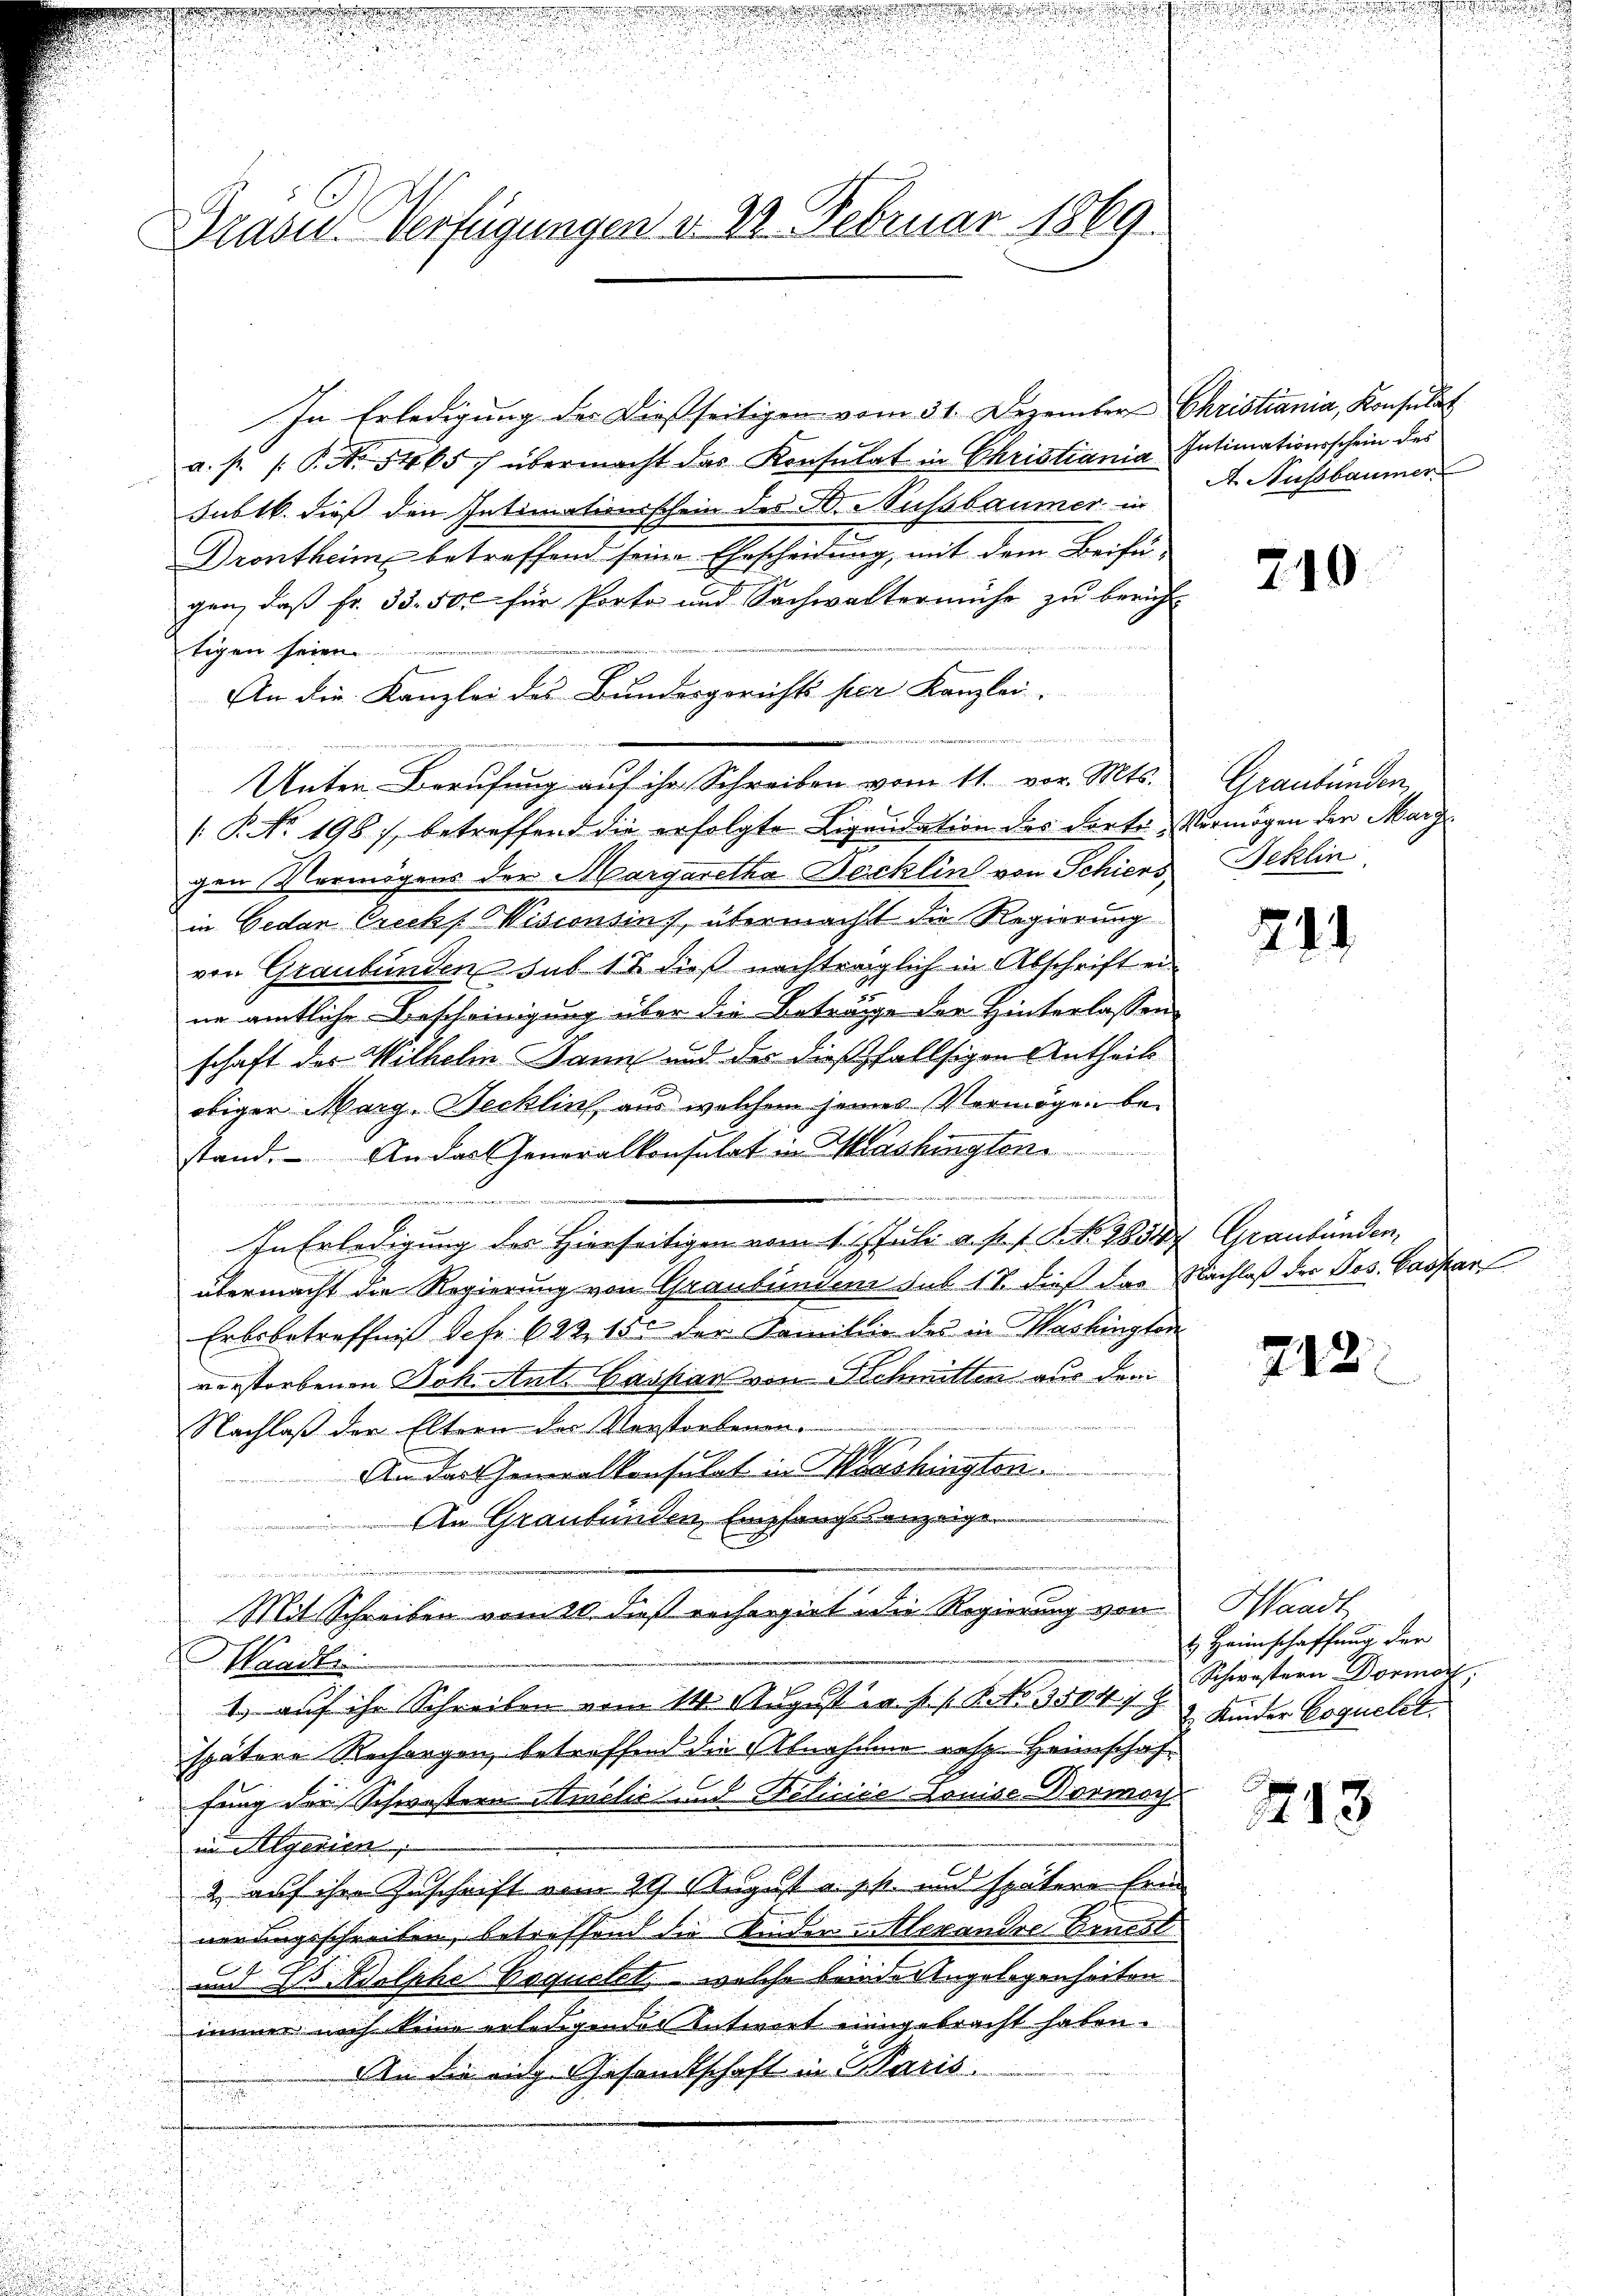
Grase Verfügungen v. 2. Februar 1869.

n

In Erledigung der dießseitigen vom 31. Dezember Christiania, Konsulat
a. p. P. Nr. 5465/ übermacht das Konsulat in Christiania Intimationsschein des
Fubtk dieß den Intimationsschein des H. Sussbaumer in
Drontheim betreffend seine Ehescheidung, mit dem Beifügen, daß fr. 33. 500 für Porta und Sachwaltermühe zu berich-
tigen seien
An die Kanzlei des Bundesgerichts her Kanzlei.
n den in
Unter Berufung auf ihr Schreiben vom 11. vor. Mts. Graubünden,
( P. Nr. 1981, betreffend die erfolgte Liquidation des dorte Vermögen der Marg
gen Vermögens der Margaretha Jecklin von Schiers Beklin
in Gedan Crecks Visconsins, übermacht die Regierung
von Graubünden sub 18 dieß nachträglich in Abschrift ein
ne amtliche Bescheinigung über die Beträge der Hinterlassen
schaft des Wilhelm Dann und des dießfallsigen Antheils
obiger Marg-Tecklin, aus welchem seines Vermögen bestand. An das Generalkonsulat in Washingtone
In Erledigung des Hierseitigen vom 1. 1. Juli a. p. 1. No. 1850 Graubünden,
übermacht die Regierung von Graubünden sub 18. dieß das Nachlaß der Jos. Caspar
Erbebetreffnis Detr. 622. 155 der Familie des in Haslingten
verstorbenen Joh. Ant. Caspar von Schmitten aus dem
Nachlaß der Eltern der Verstorbenen
An das Generalkonsulat in Haushington
An Graubünden Empfangsanzeigen
Mit Schreiben vom 20. dieß rechargiet die Regierung von Handt
Waadt
1.) auf ihr Schreiben vom 14. August u. s. f. 8. No. 35047 § 2 Kinder Erguelet.
spätere Rechargen, betreffend die Abnahme resp. Heimschaffung der Schwestern Amelić und Felinie Louise Vorwoch.
in Algerien
2 auf ihre Zuschrift vom 29 August u. ppt. und spätere Ernd
nerungsschreiben, betreffend die Kinder Alexandre Genoss
E
und ds Adolpher Bequelet welche beinde Angelegenheiten
immer noch keine erledigender Antwort eingebracht haben.
An die eige Gesandtschaft in Paris
u
u

A. Ausbaumer

210.

211.

212

t Heimschaffung der
Schwestern Dormor

213